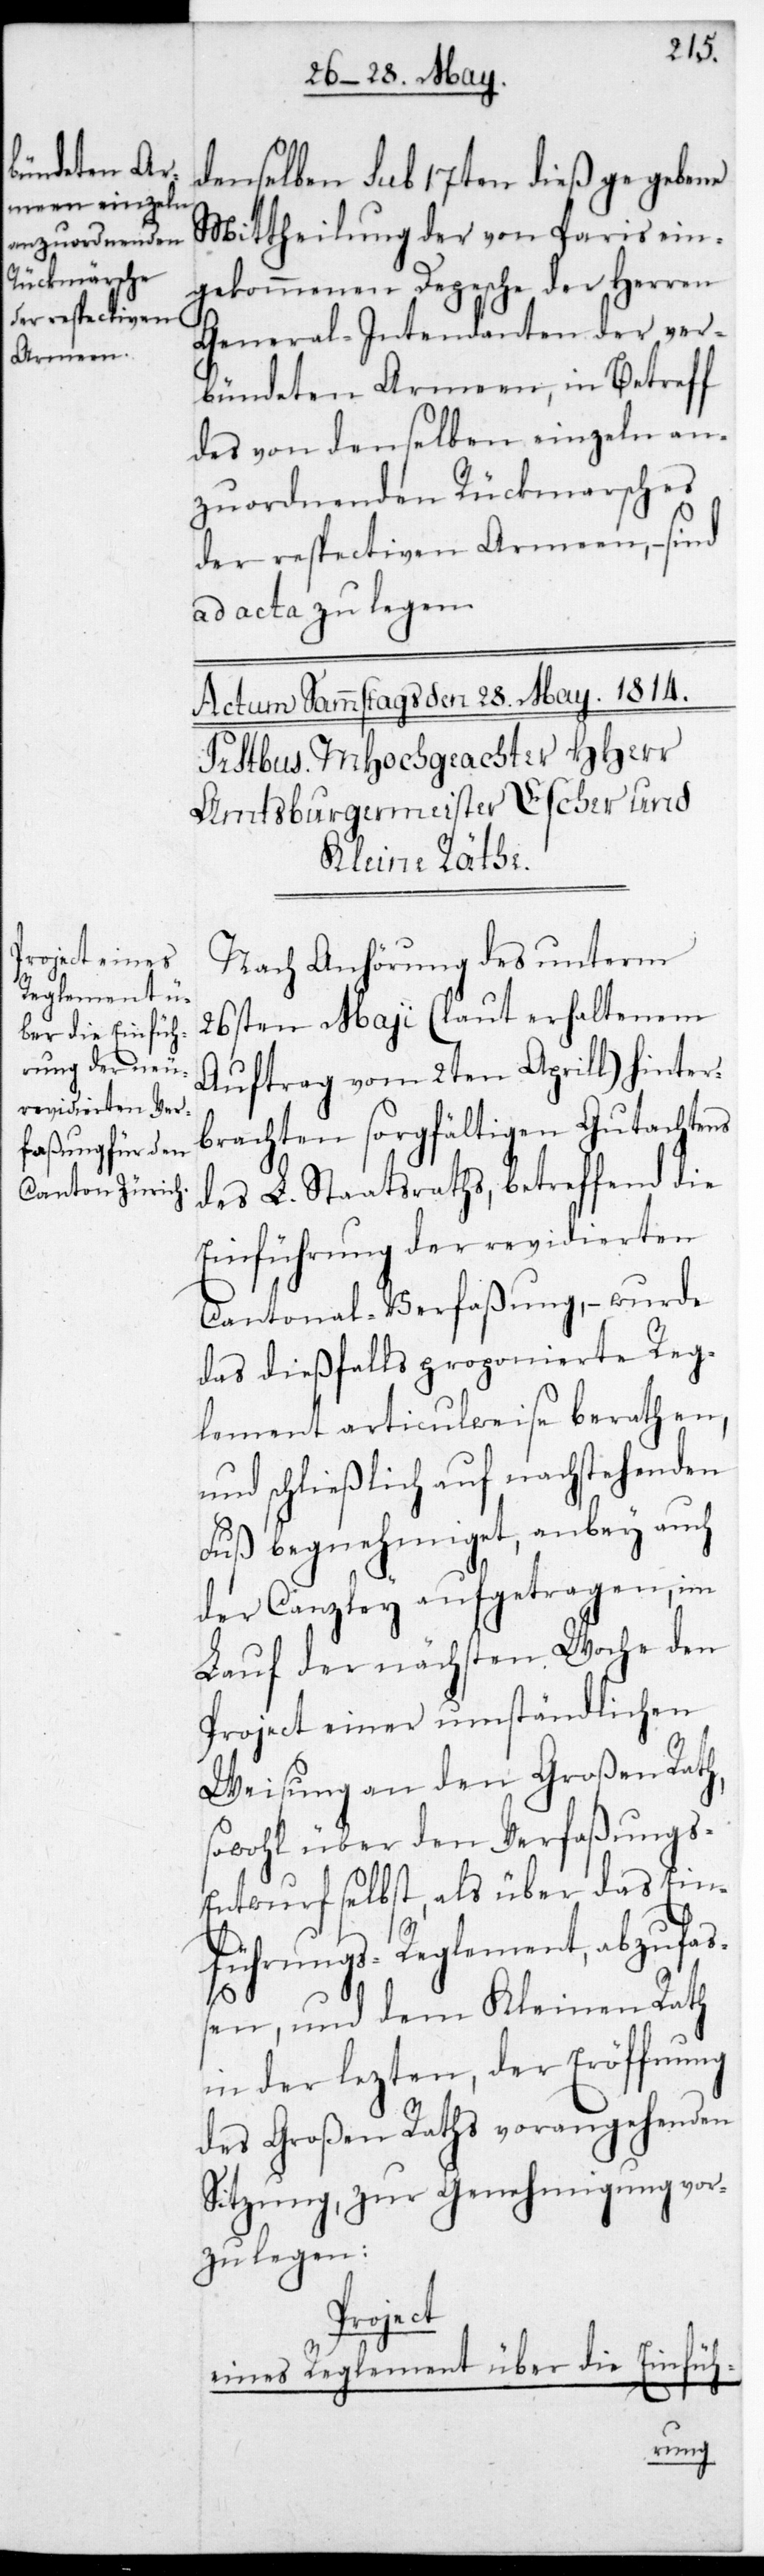
denselben sub 17ten dieß gegebene
Mittheilung der von Paris ein¬
gekommenen Depesche der Herren
General-Intendanten der ver¬
bündeten Armeen, in Betreff
des von denselben einzeln an¬
zuordnenden Rückmarsches
der respectiven Armeen, – sind
ad acta zu legen.
Nach Anhörung des unterm
26sten May (laut erhaltenem
Auftrag vom 2ten Aprill) hinter¬
brachten sorgfältigen Gutachtens
des L. Staatsraths, betreffend die
Einführung der revidierten
Cantonal-Verfaßung, – wurde
das dießfalls proponierte Reg¬
lement articulweise beraten,
und schließlich auf nachstehenden
Fuß begnehmiget, anbey auch
der Canzley aufgetragen, im
Lauf der nächsten Woche den
Project einer umständlichen
Weisung an den Großen Rath,
sowohl über den Verfaßungs¬
entwurf selbst , als über das Ein¬
führungs-Reglement abzufaß¬
en, und dem Kleinen Rath
in der letzten, der Eröffnung
des Großen Raths vorangehenden
Sitzung, zur Genehmigung vor¬
zulegen:
Project
eines Reglement über die Einfüh-